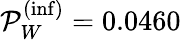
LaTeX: \mathcal{P}_{W}^{(\mathrm{inf})}=0.0460